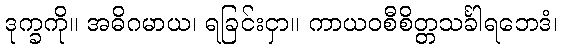
ဒုက္ခကို။ အဓိဂမာယ၊ ရခြင်းငှာ။ ကာယဝစီစိတ္တသင်္ခါရဘေဒံ၊